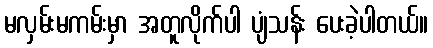
မလှမ်းမကမ်းမှာ အတူလိုက်ပါ ပျံသန်း ပေးခဲ့ပါတယ်။